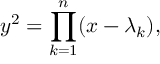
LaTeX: y ^ { 2 } = \prod _ { k = 1 } ^ { n } ( x - \lambda _ { k } ) ,